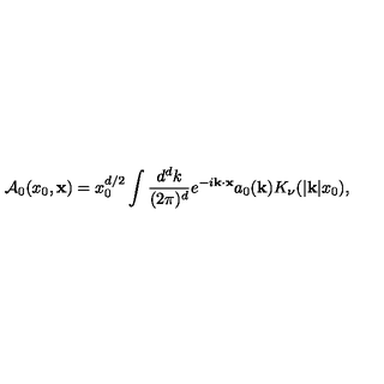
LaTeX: { \cal A } _ { 0 } ( x _ { 0 } , { \bf x } ) = x _ { 0 } ^ { d / 2 } \int { \frac { d ^ { d } k } { ( 2 \pi ) ^ { d } } } e ^ { - i { \bf k } \cdot { \bf x } } a _ { 0 } ( { \bf k } ) K _ { \nu } ( | { \bf k } | x _ { 0 } ) ,